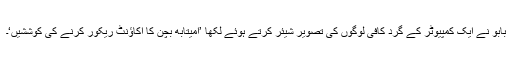
بابو نے ایک کمپیوٹر کے گرد کافی لوگوں کی تصویر شیئر کرتے ہوئے لکھا ’امیتابھ بچن کا اکاؤنٹ ریکور کرنے کی کوششیں‘۔